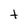
Character: t